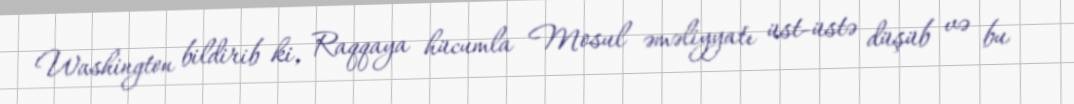
Washington bildirib ki, Raqqaya hücumla Mosul əməliyyatı üst-üstə düşüb və bu